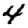
Digit: 4